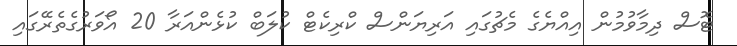
ޓޮސް ދިމާވުމުން އިއްޔެގެ މެޗުގައި އަރިޔަންސް ކްރިކެޓް ކުލަބް ކުޅެންއަރާ 20 އޯވަރުގެތެރޭގައި